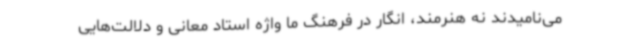
می‌نامیدند نه هنرمند، انگار در فرهنگ ما واژه استاد معانی و دلالت‌هایی